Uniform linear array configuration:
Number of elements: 24
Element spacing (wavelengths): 0.25
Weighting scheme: uniform
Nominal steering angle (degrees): -45
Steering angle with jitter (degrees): -44.739
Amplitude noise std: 0.05
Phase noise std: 0.05

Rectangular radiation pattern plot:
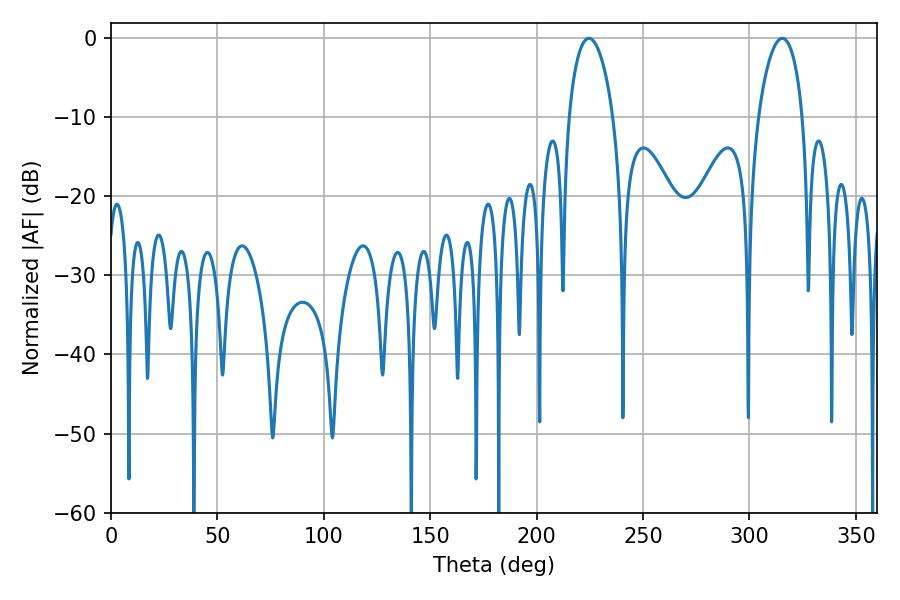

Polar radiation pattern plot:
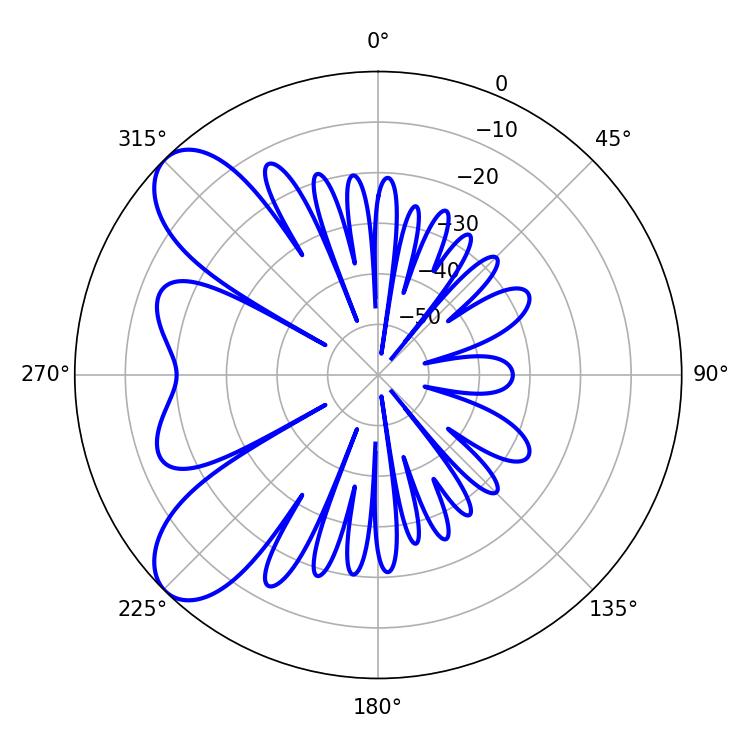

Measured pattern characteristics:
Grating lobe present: FALSE
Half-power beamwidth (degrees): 11.88
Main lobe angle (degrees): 224.64